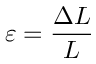
\varepsilon = { \frac { \Delta L } { L } }